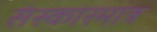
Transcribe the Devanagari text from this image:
संस्कारमात्र